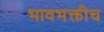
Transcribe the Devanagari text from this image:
भावभक्तीच